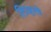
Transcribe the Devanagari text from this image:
लिव्हरचे